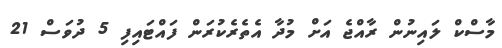
މާސްކް ލައިނުން ރާއްޖެ އަށް މުދާ އެތެރެކުރަން ފައްޓައިފި 5 ދުވަސް 21